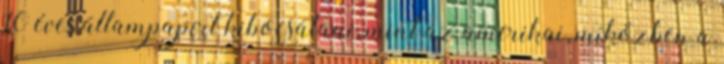
10 éves állampapírt kibocsátani, mint az amerikai, miközben a